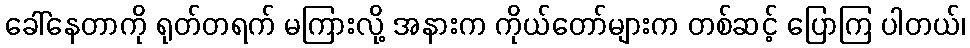
ခေါ်နေတာကို ရုတ်တရက် မကြားလို့ အနားက ကိုယ်တော်များက တစ်ဆင့် ပြောကြ ပါတယ်၊